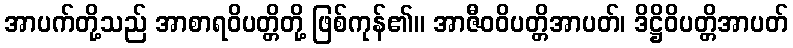
အာပက်တို့သည် အာစာရဝိပတ္တိတို့ ဖြစ်ကုန်၏။ အာဇီဝဝိပတ္တိအာပတ်၊ ဒိဋ္ဌိဝိပတ္တိအာပတ်